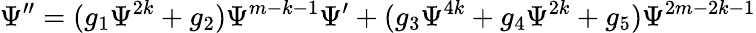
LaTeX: \Psi^{\prime\prime}=(g_{1}\Psi^{2k}+g_{2})\Psi^{m-k-1}\Psi^{\prime}+(g_{3}\Psi^{4k}+g_{4}\Psi^{2k}+g_{5})\Psi^{2m-2k-1}